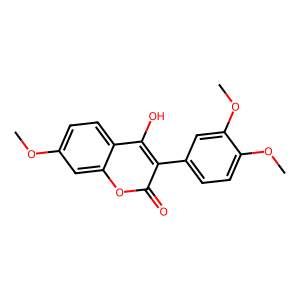
SMILES: COc1ccc2c(O)c(-c3ccc(OC)c(OC)c3)c(=O)oc2c1
Inhibits HIV replication: No